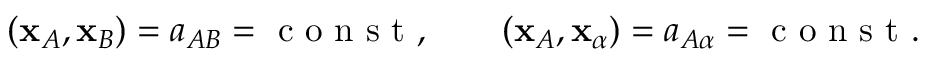
\begin{array} { r } { ( { \bf x } _ { A } , { \bf x } _ { B } ) = a _ { A B } = \mathrm { ~ c ~ o ~ n ~ s ~ t ~ } , \qquad ( { \bf x } _ { A } , { \bf x } _ { \alpha } ) = a _ { A \alpha } = \mathrm { ~ c ~ o ~ n ~ s ~ t ~ } . } \end{array}